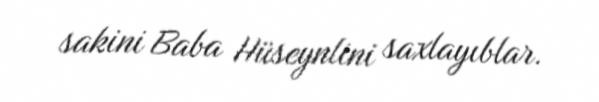
sakini Baba Hüseynlini saxlayıblar.